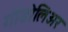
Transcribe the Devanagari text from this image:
गोंडोलिअर